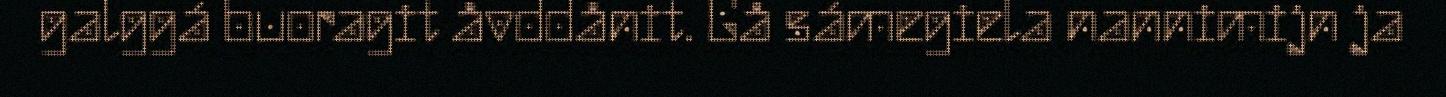
galggá buoragit åvddånit. Gå sámegiela nannimijn ja